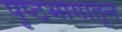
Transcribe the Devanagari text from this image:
पृष्ठभागातून